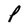
Character: P